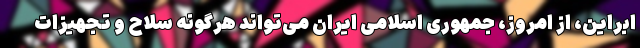
ابراین، از امروز، جمهوری اسلامی ایران می‌­تواند هرگونه سلاح و تجهیزات